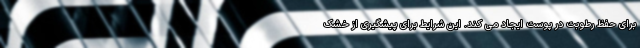
برای حفظ رطوبت در پوست ایجاد می کند. این شرایط برای پیشگیری از خشک